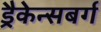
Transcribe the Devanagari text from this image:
ड्रैकेन्सबर्ग